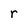
Character: r